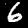
Label: 6